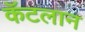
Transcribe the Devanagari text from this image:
कॅटलान